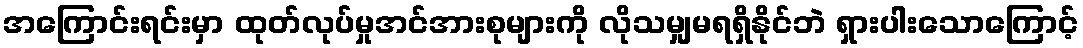
အကြောင်းရင်းမှာ ထုတ်လုပ်မှုအင်အားစုများကို လိုသမျှမရရှိနိုင်ဘဲ ရှားပါးသောကြောင့်